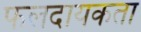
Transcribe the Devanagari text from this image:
फलदायकता